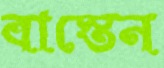
বাস্তেন